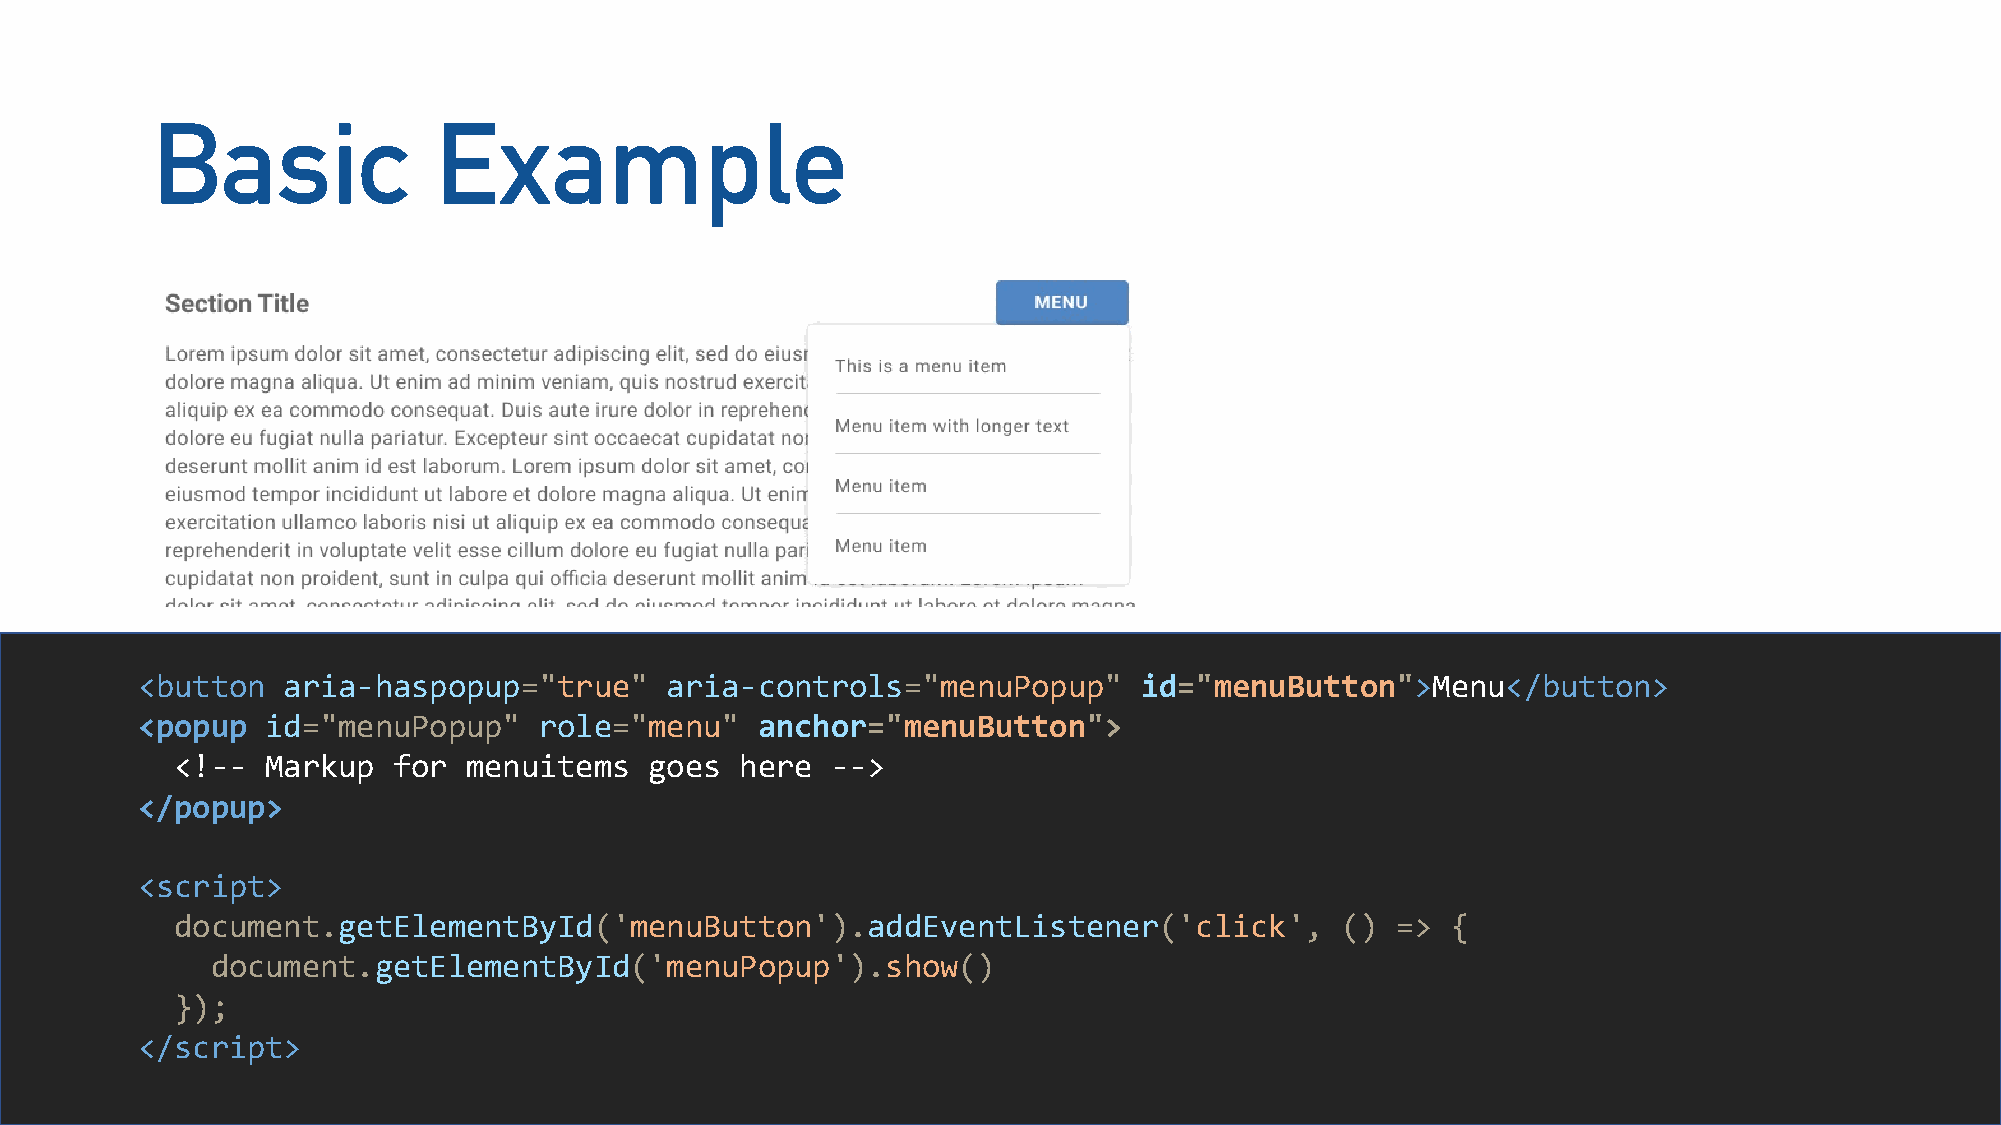
Basic              Example
 <button   aria-haspopup="true"     aria-controls="menuPopup"      id="menuButton">Menu</button>
 <popup   id="menuPopup"    role="menu"   anchor="menuButton">
 <!--  Markup  for  menuitems   goes  here  -->
 </popup>
 <script>
 document.getElementById('menuButton').addEventListener('click',              () =>  {
 document.getElementById('menuPopup').show()
 });
 </script>